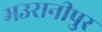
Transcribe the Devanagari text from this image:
मउरानीपुर